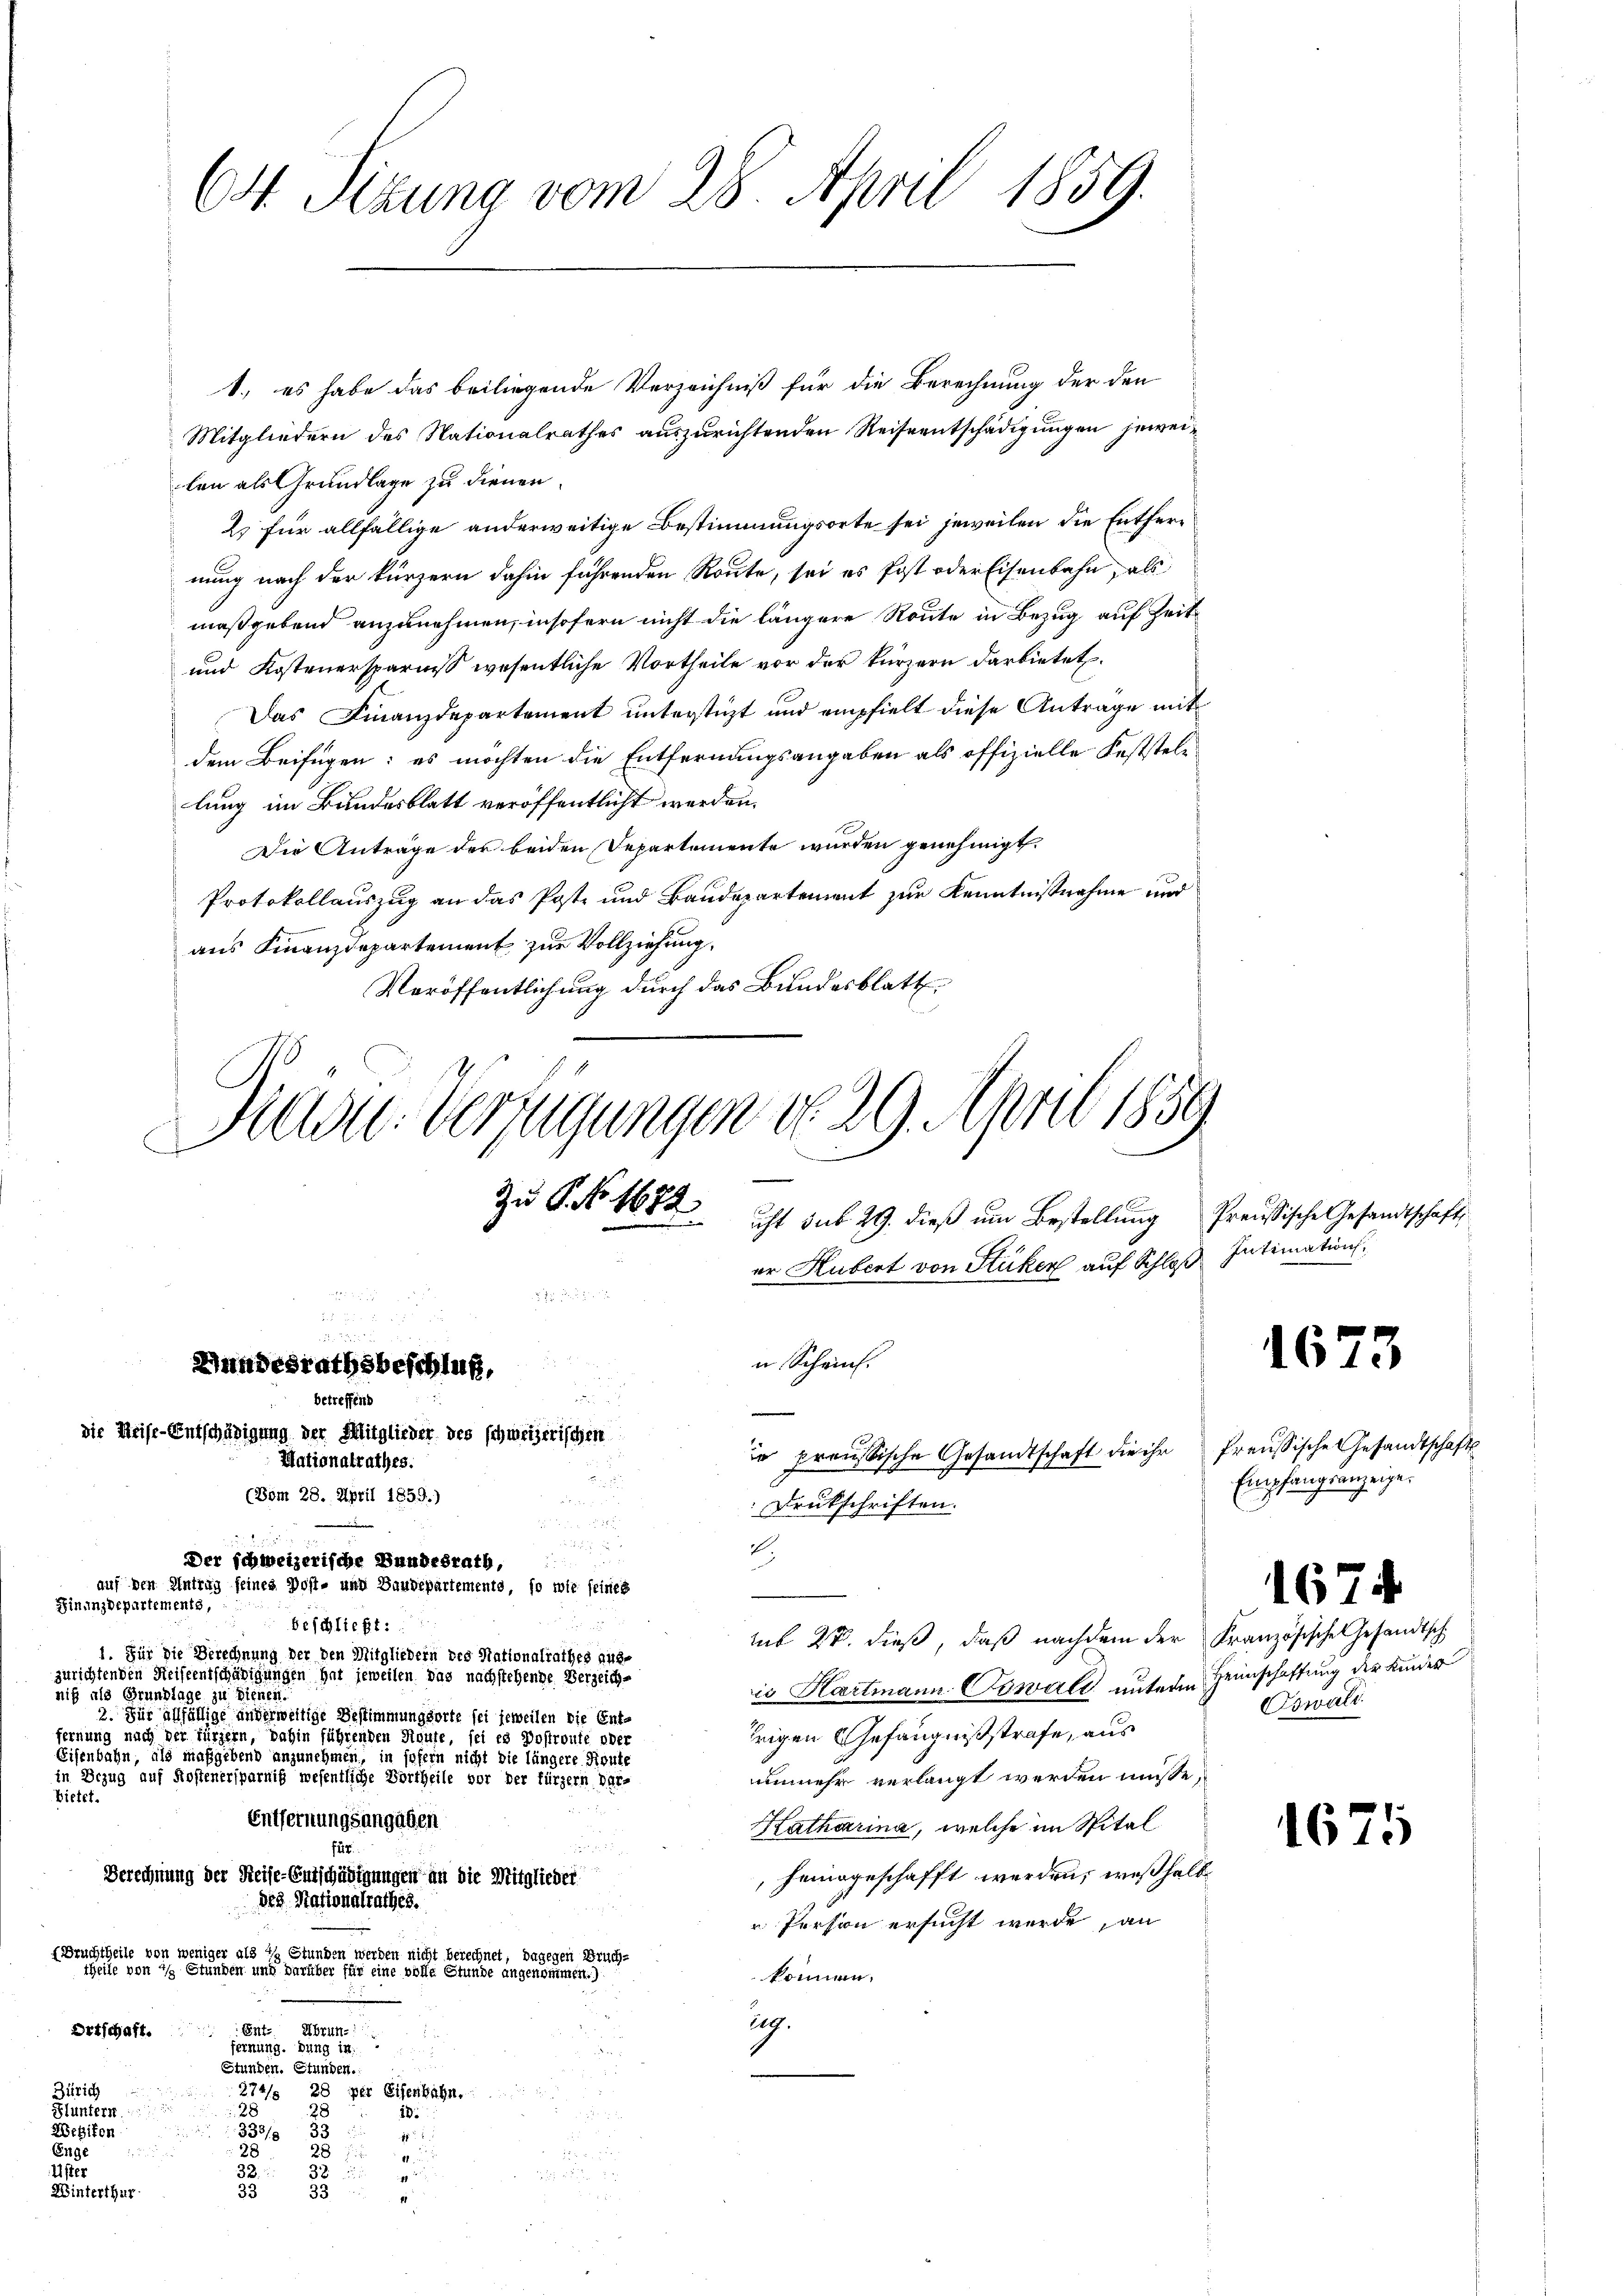
64. Sizung vom 28. April 1859.

1., es habe das beiliegende Verzeichniß für die Berechnung der den
Mitgliedern des Nationalrathes auszurichtenden Reiseentschädigungen jeweilen als Grundlage zu dienen.
2. für allfällige anderweitige Bestimmungsorte sei jeweilen die Entfernung nach der kürzern dahin führenden Route, sei es Post oder Eisenbahn, als
maßgebend anzunehmen, insofern nicht die längere Route in Bezug auf Zeit¬
und Kostenersparnis wesentliche Vortheile vor der kürzern darbietet.
Das Finanzdepartement unterstüzt und empfielt diese Antrage mit
dem Beifügen: es möchten die Entfernungsangaben als offizielle Feststellung im Bundesblatt veröffentlicht werden.
Die Anträge der beiden Departemente wurden genehmigt.
Protokollauszug an das Post und Baudepartement zur Kenntnißnahme und
aus Finanzdepartement zur Vollziehung,
Veröffentlichung durch das Bundesblatt
er Hubert von Stüken auf Schloß Intimation,
u Scheint.
Bundesrathsbeschluß,
u
betreffend
e
die Reise-Entschädigung der Mitglieder des schweizerischen
ie preussische Gesandtschaft die ihr Preussische Gesandtschaft
Nationalrathes.
(Bom 28. April 1859.)
Drukschriften.

.
Der schweizerische Bundesrath,
auf den Antrag feines Post- und Baudepartements, so wie seines
Finanzdepartements,
beschließt:
sub 27. dieß, daß nachdem der Französische Gesandtsch
1. Für die Berechnung der den Mitgliedern des Nationalrathes aus-
zurichtenden Reiseentschädigungen hat jeweilen das nachstehende Verzeichis Hartmann. Sowalt unterm Heimschaffung der Kinder
nig als Grundlage zu dienen.
2. Für allfällige anderweitige Bestimmungsorte sei jeweilen die Ent-
trigen Gefängnißstrafe, aus
fernung nach der fürzern, dahin führenden Rönte, sei es Dostroute oder
Eisenbahn, als maßgebend anzunehmen, in sofern nicht die längere Route
in Bezug auf Kostenersparniß wesentliche Vortheile vor der fürzern Dar-
unmehr verlangt werden müsse,
Bietet.
Entfernungsangaben
Katharina, welche im Spital
für.
heimgeschafft werden, weßhalb
Berechnung der Reise-Entschädigungen an die Mitglieder
des Nationalrathes.
u Person ersucht werde, an
Bruchtheile von weniger als in Stunden werden nicht berechnet, dagegen Bruch-
theile von in Stunden und darüber für eine volle Stunde angenommen.)
können.
ag.
Ent. Ubrun
Ortschaft.
fernung. Dung in
Stunden. Stunden.
Zürich
274/5 28 per Eisenbahn.
28
Fluntern.
18.
Weiten
893/ 33
p
28
Eige
u
28
Uster
32.

3
53
Winterthur
33
 2 x

Rusu- Verfügungen d. 29. April 1859

e
Zu P. Nr. 1682 ist sub 29. dieß um Bestellung Preußische Gesandtschaft,

4673

Empfangsanzeige.

Oswald

1674

1675